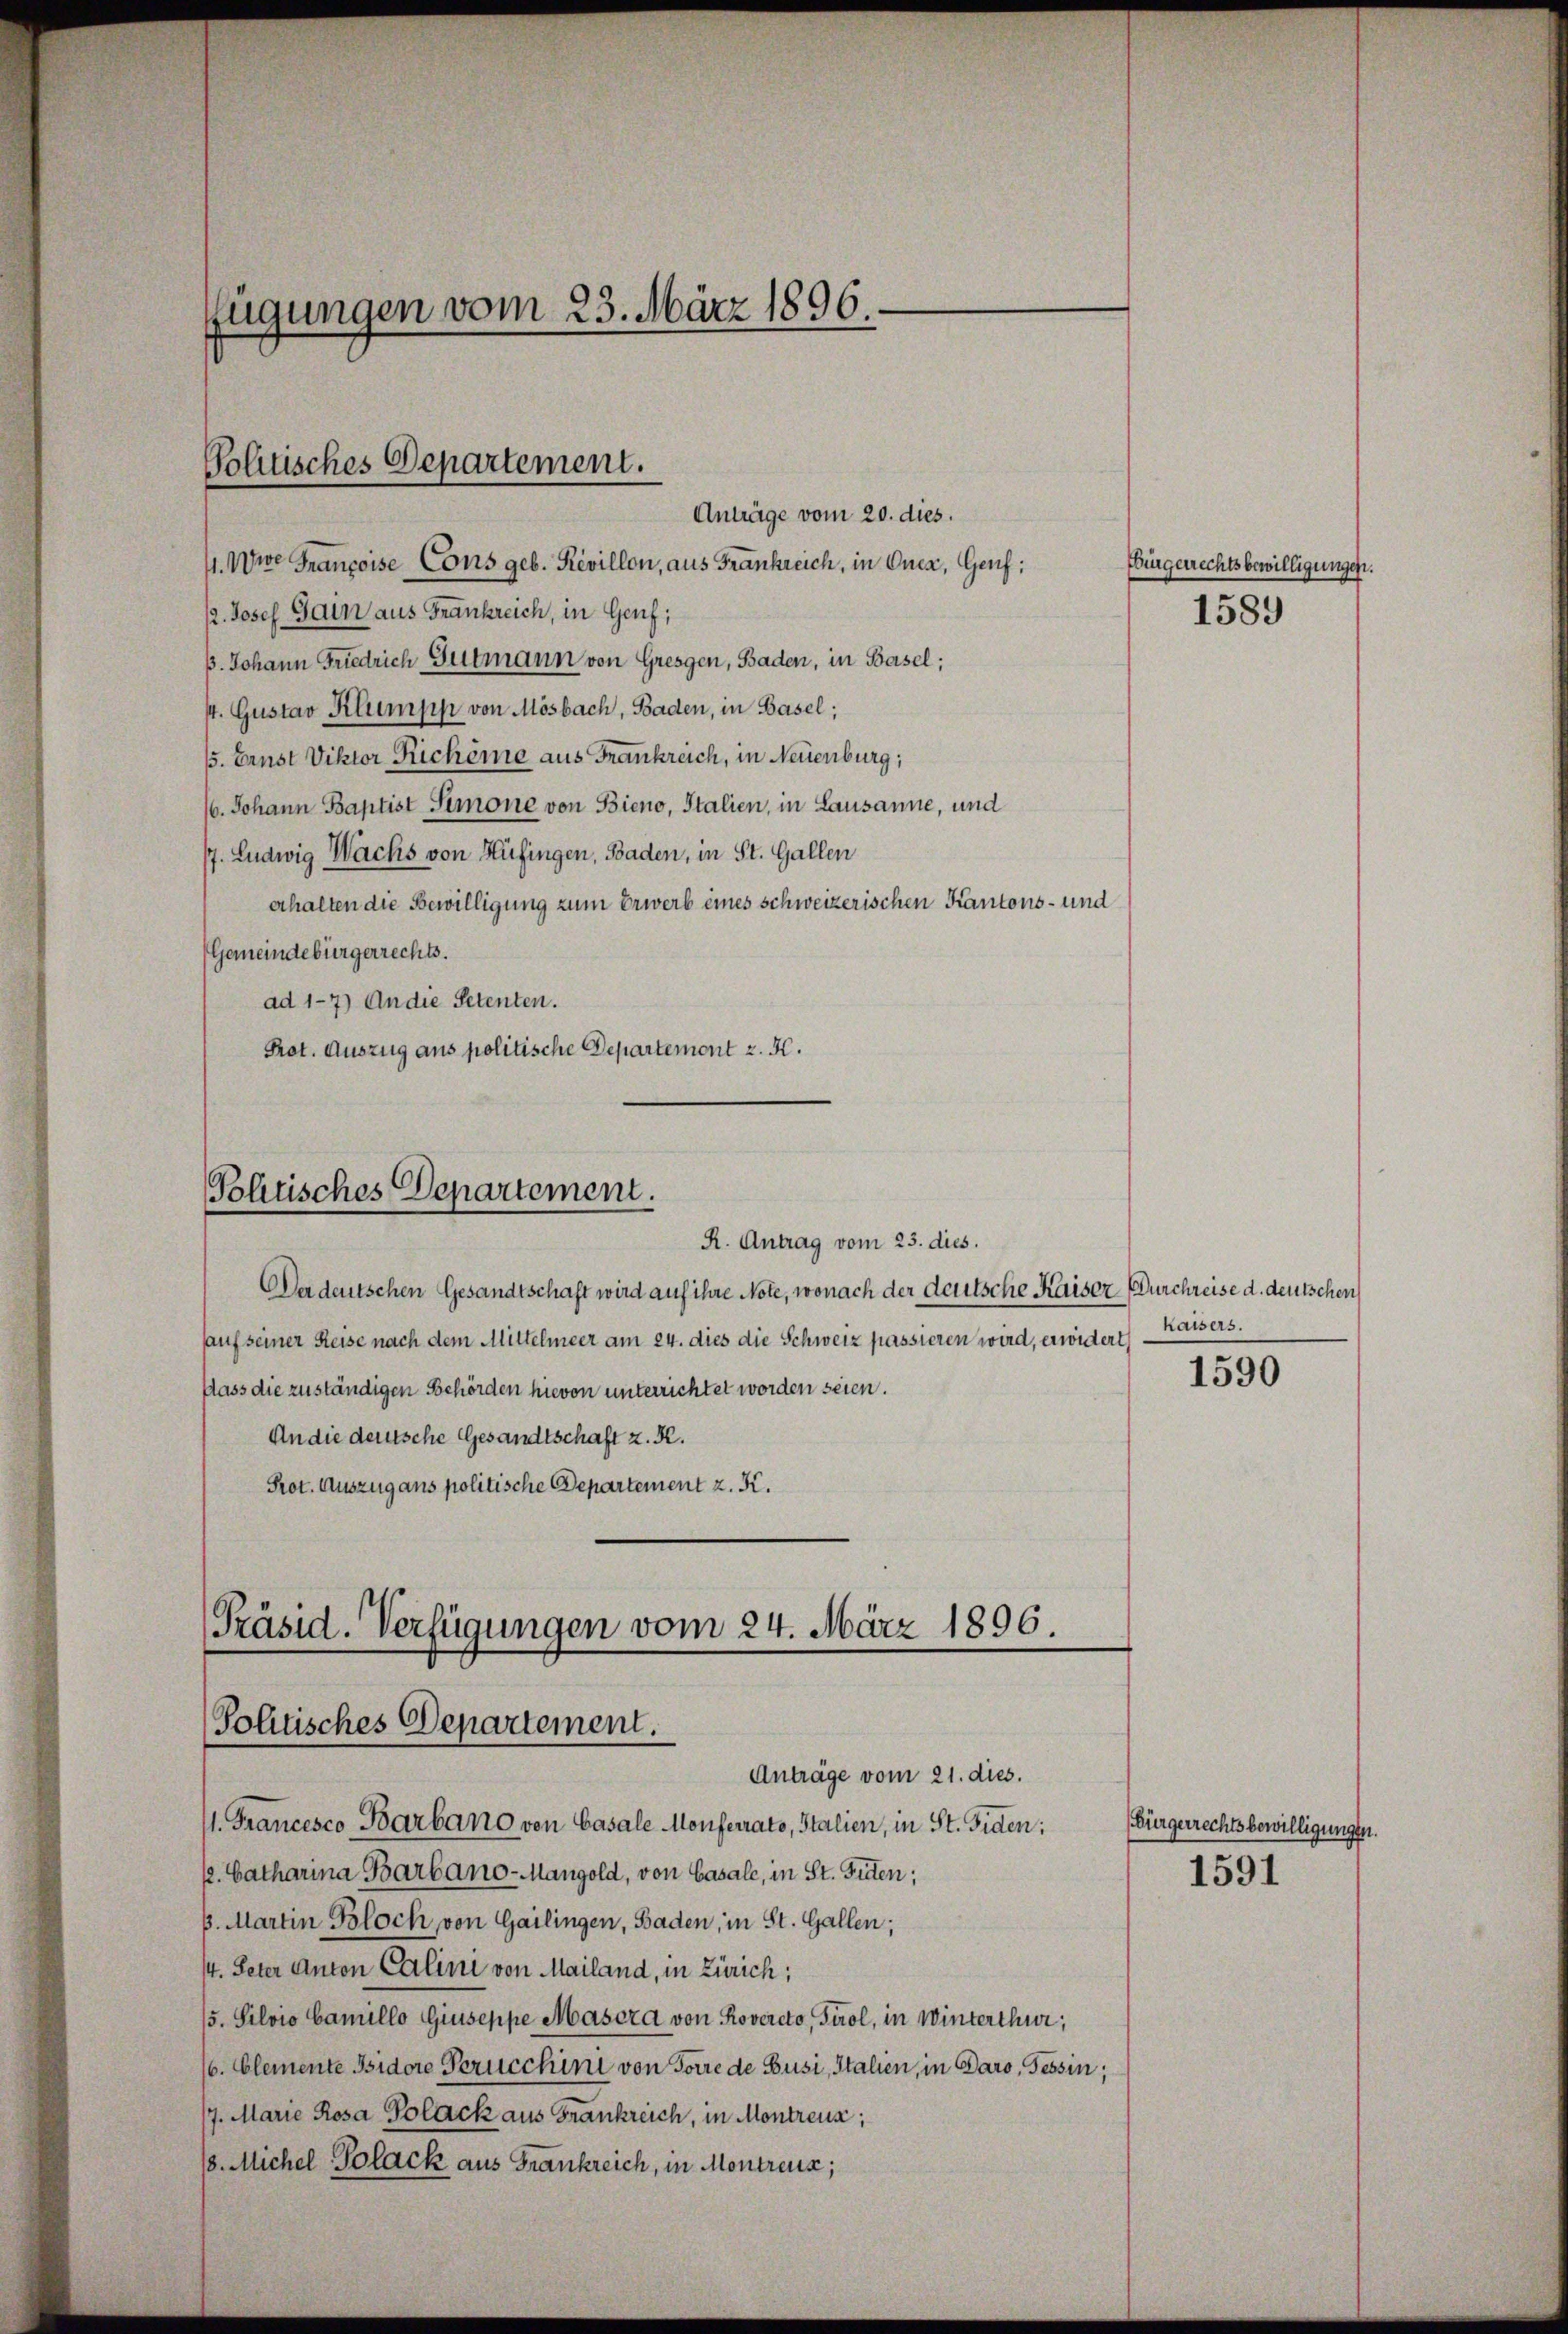
fügungen vom 23. März 1896.

Politisches Departement.
Anträge vom 20. dies.

11. Wie Françoise Cons geb. Revillon, aus Frankreich, in Onca, Genf;
/2. Josef Gain aus Frankreich, in Genf;
p. Johann Friedrich Gutmann von Gresgen, Baden, in Basel;
44. Gustav Klumpp von Mösbach, Baden, in Basel;
15. Ernst Viktor Richême aus Frankreich, in Neuenburg;
/6. Johann Baptist Simone von Bieno, Italien, in Lausanne, und
77. Ludwig Wachs von Hüfingen, Baden, in St. Gallen
erhalten die Bewilligung zum Erwerb eines schweizerischen Kantons- und
Gemeindebürgerrechts.
ad 17) An die Petenten.
Prot. Auszug aus politische Departemont z. K.
Politisches Departement.
R. Antrag vom 23. dies.
Der deutschen Gesandtschaft wird auf ihre Note, wonach der deutsche Kaiser Durchreise d. deutschen
sauf seiner Reise nach dem Mittelmeer am 24. dies die Schweiz passieren wird, erwidert,
Dass die zuständigen Behörden hievon unterrichtet worden seien.
An die deutsche Gesandtschaft z. R.
Prot. Auszug aus politische Departement z. K.

I. Francesco Barbano von Casale Monferrato, Italien, in St. Fiden;
k. Catharina Barbano-Mangold, von Casale, in St. Fiden;
p. Martin Bloch, von Gailingen, Baden, in St. Gallen;
/4. Peter Anton Calini von Mailand, in Zürich;
15. Silvio Camillo Giuseppe Masora von Rovercto, Tirol, in Winterthur,
(6. Clemente Bidore Gerucchini von Forrede Busi, Italien, in Daro, Tessin;
17. Marie Rosa Polack aus Frankreich, in Montreux;
18. Michel Polack aus Frankreich, in Montreux;

Präsid. Verfügungen vom 24. März 1896.
Politisches Departement.
Anträge vom 21. dies.

Bürgerrechtsbewilligungen.
1589

Kaisers.
1590

(Bürgerrechtsbewilligungen.

1591